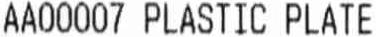
AA00007 PLASTIC PLATE